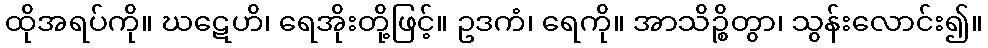
ထိုအရပ်ကို။ ဃဋေဟိ၊ ရေအိုးတို့ဖြင့်။ ဥဒကံ၊ ရေကို။ အာသိဉ္စိတွာ၊ သွန်းလောင်း၍။